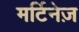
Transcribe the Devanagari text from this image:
मर्टिनेज़